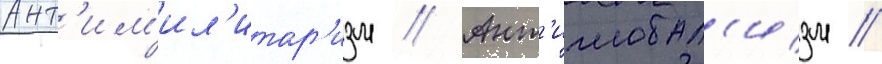
Ант'им'ил'итар'изм // Ант'иглобал'изм //